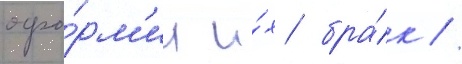
офо́рм'ил и́х бра́к //